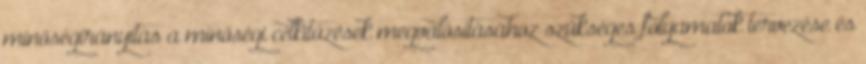
minőségirányítás a minőségi célkitűzések megvalósításához szükséges folyamatok tervezése és